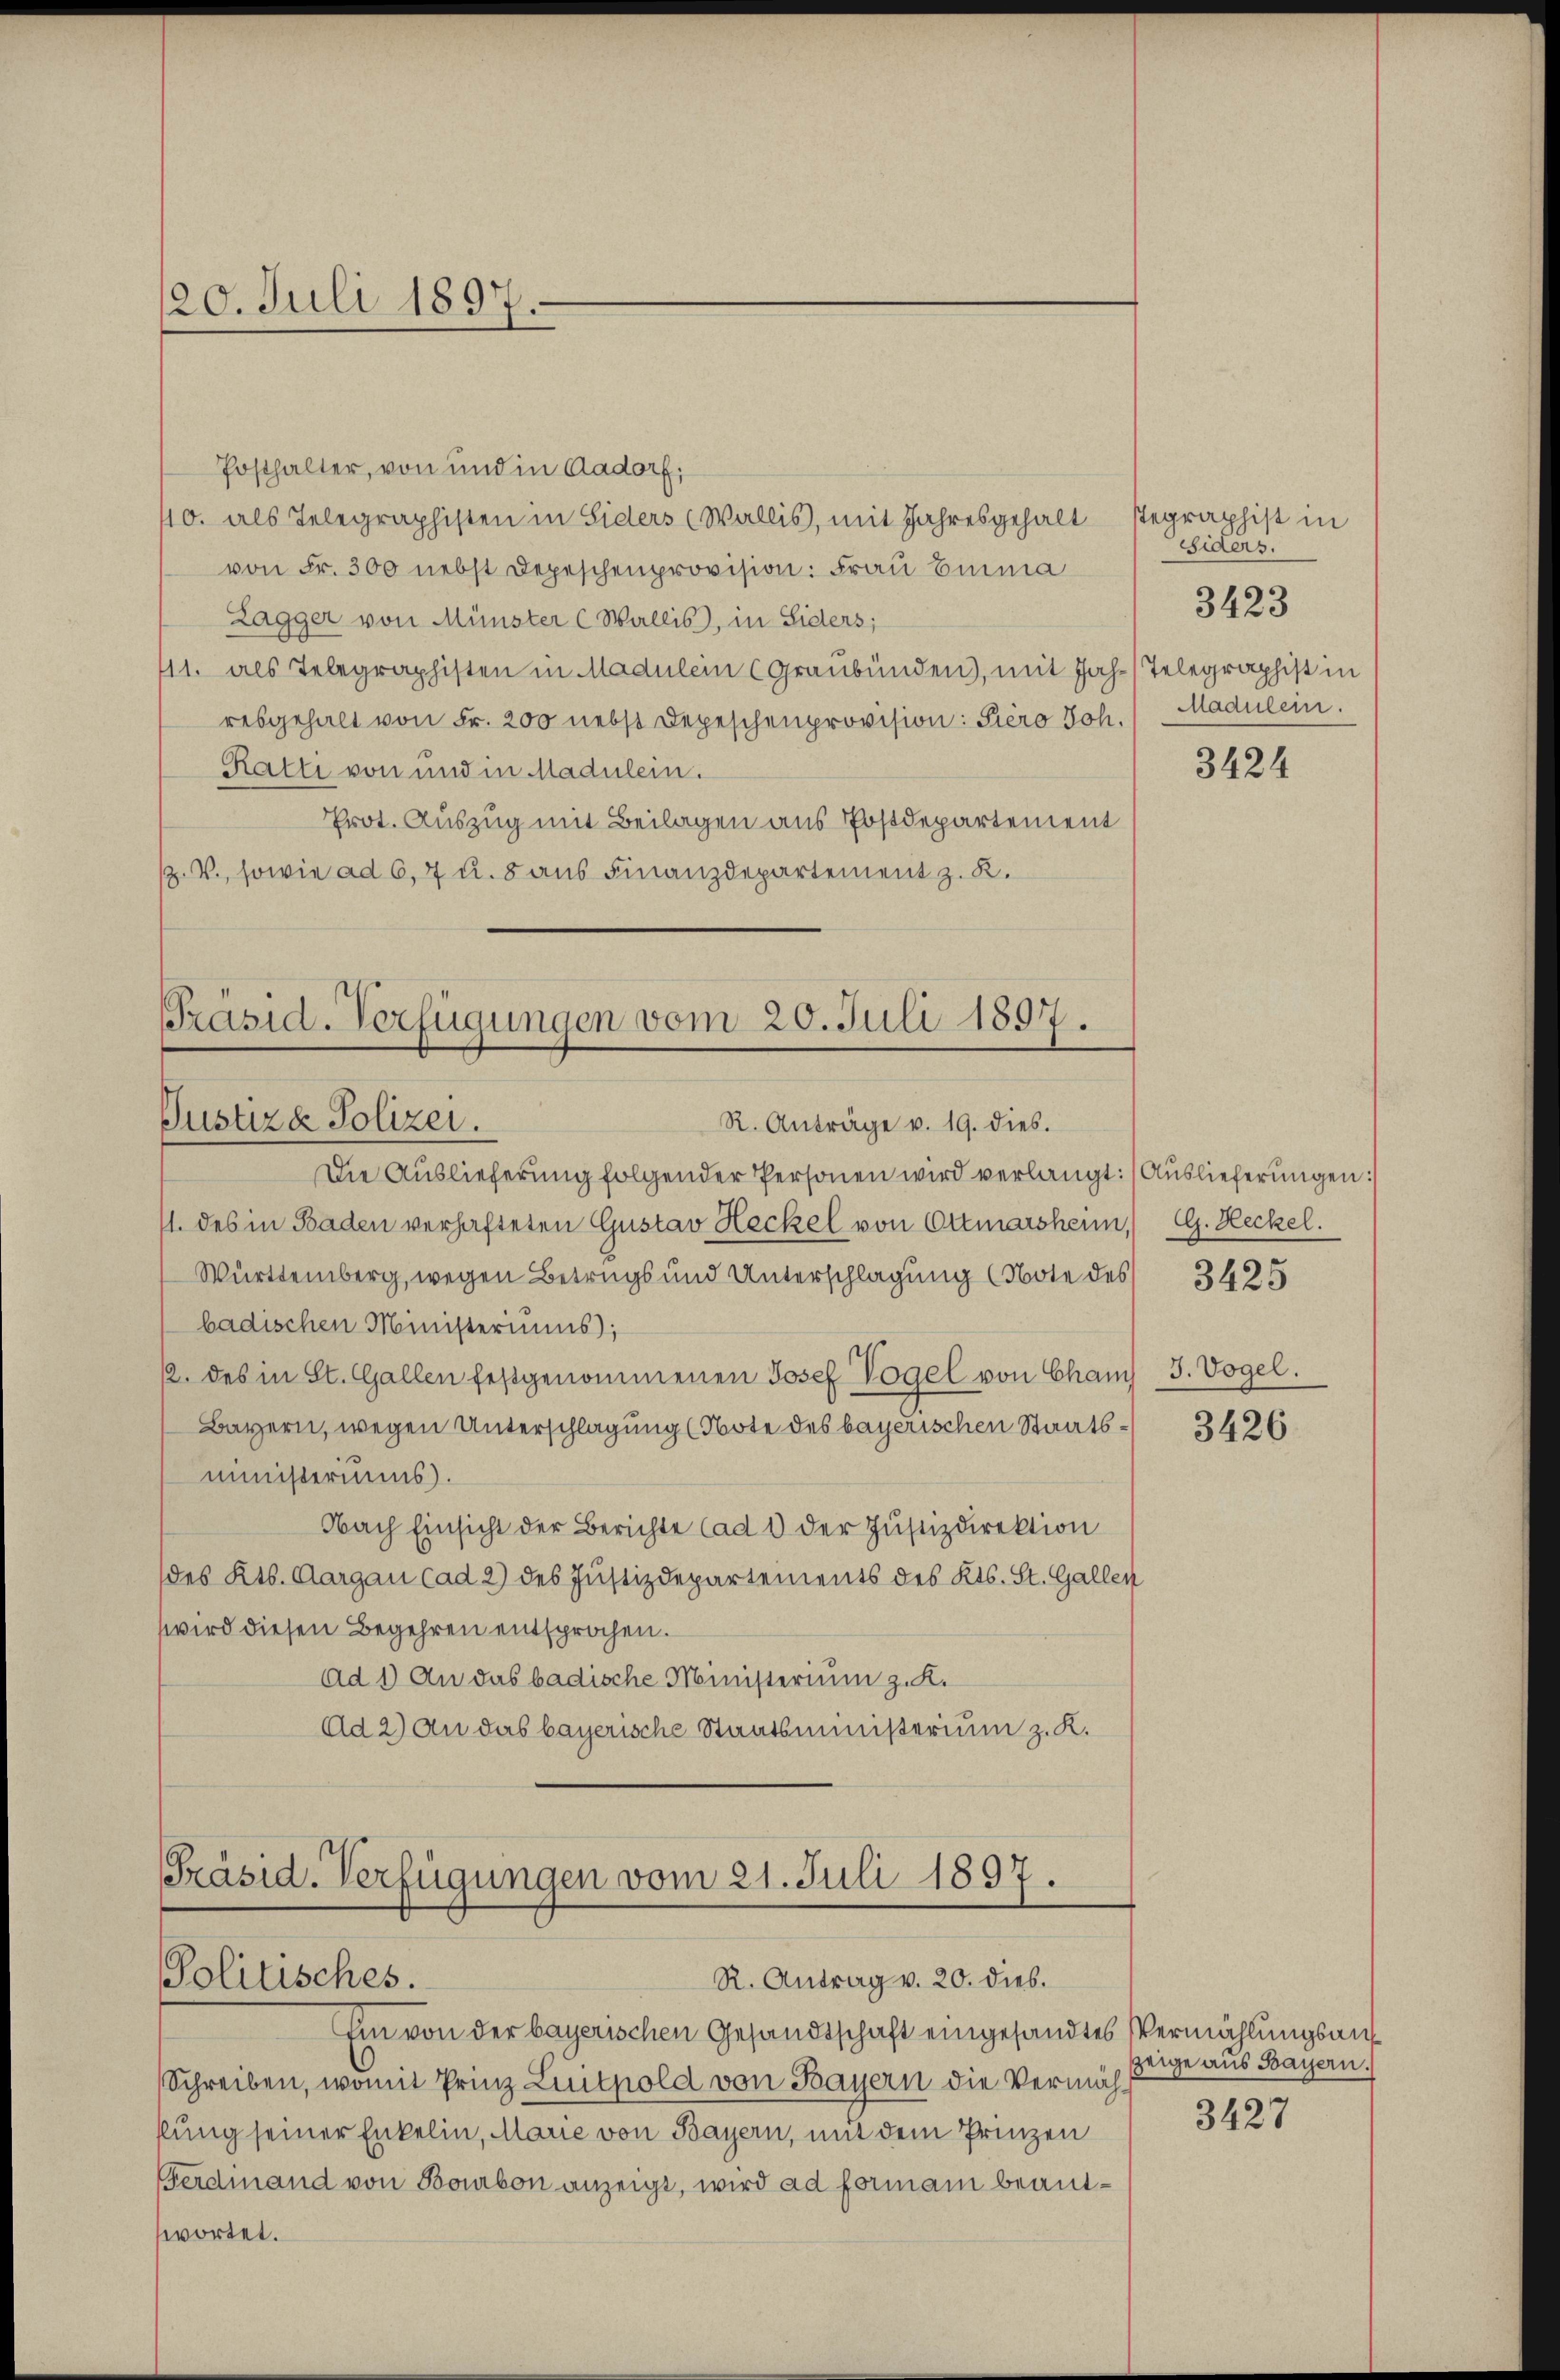
Posthalter, von und in Aadorf;
40. als Telegraphisten in Siders (Wallis, mit Jahresgehalt stegraphist in
von Fr. 300 nebst Depeschenprovision: Frau Emma
Lagger von Münster C Wallis, in Siders;
11. als Telegraphisten in Madulein (Graubünden), mit Jahr) Telegraphist in
resgehalt von Fr. 200 nebst Depeschenprovision: Pero Joh. Madulein.
Ratti von und in Madulein.
Erot. Auszug mit Beilagen aus Postdepartement
Z. V., sowie ad 6, 7 u. 8 aus Finanzdepartement z. K.

20. Juli 1891
.

Präsid. Verfügungen vom 20. Juli 1897.
Justiz & Polizei.
R. Anträge v. 19. dies.

Die Auslieferung folgender Personen wird verlangt: /Auslieferungen:
1. des in Baden verhafteten Gustav Heckel von Ottmarsheim, G. Heckel.
Württemberg, wegen Betrugs und Unterschlagung (Note des 3425
badischen Ministeriums);
12. des in St. Gallen festgenommenen Josef Vogel von Cham 3. Vogel.
Bayern, wegen Unterschlagung (Note des bayerischen Staats-3426
ministerius.
Nach Einsicht der Berichte (ad 1 der Justizdirektion
des Kts. Aargau cad 2) des Justizdepartements des Kts. St. Gallen
wird diesen Begehren entsprochen.
Ad 1) An das badische Ministerium z. K.
Ad 2) An das bayerische Staatsministerium z. K.

Präsid. Verfügungen vom 21. Juli 1897.
Politisches.
R. Antrag v. 20. dies.

Ein von der bayerischen Gesandtschaft eingesandtes Vermählungsaus¬
Schreiben, womit Prinz Luitpold von Bayern die Vermähslung seiner Enkelin, Marie von Bayern, mit dem Prinzen
Ferdinand von Bourbon anzeigt, wird ad formani beantwortet.

siders.

3423

3424

zeige aus Bayern.
3427